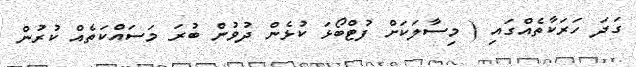
ގަދަ ހަރަކާތެއްގައި ( މިސާލަކަށް ފުޓްބޯޅަ ކުޅެން ދުވުން ބުރަ މަސައްކަތެއް ކުރުން